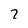
Character: 7